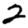
Digit: 2